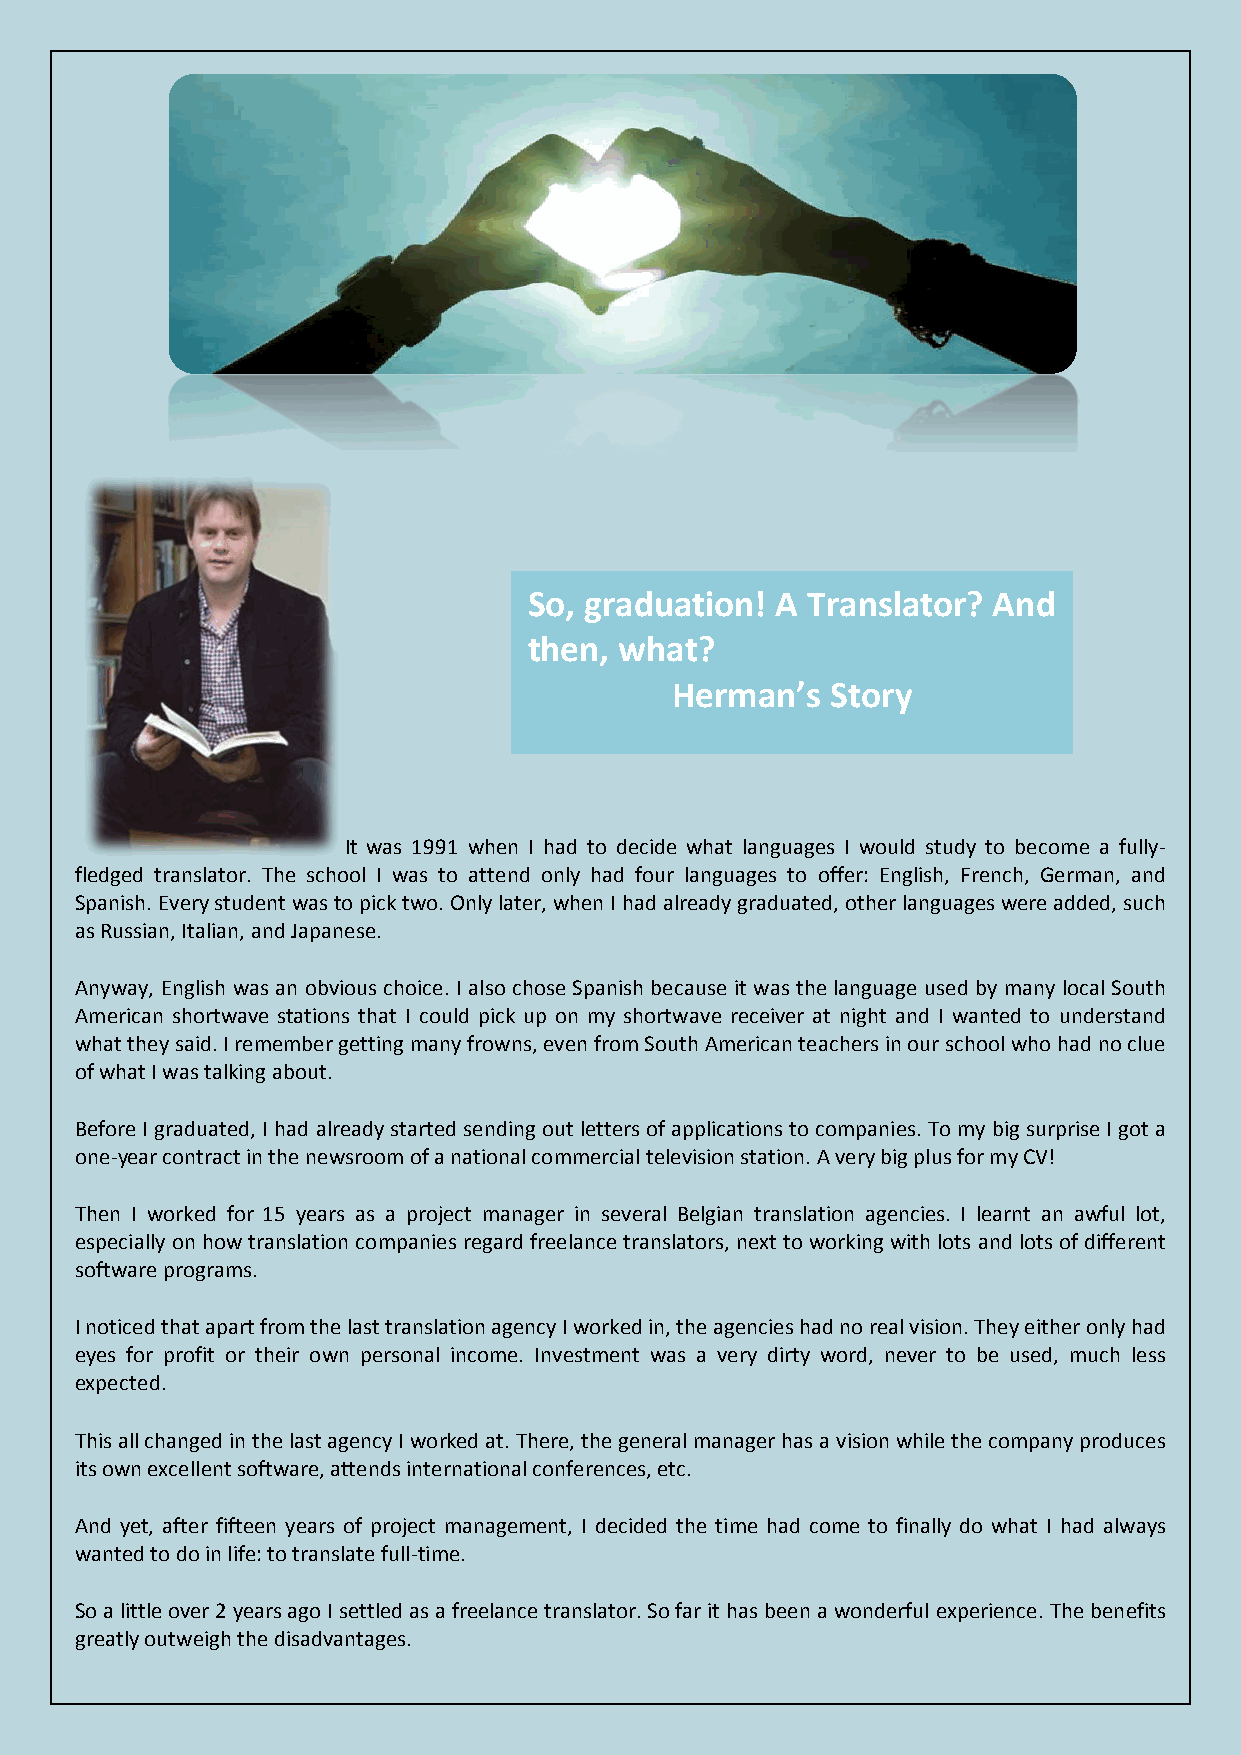
So, graduation! A Translator?  And
 then, what?
 Herman’s   Story
 It was 1991 when I had to decide what languages I would study to become a fully-
 fledged translator. The school I was to attend only had four languages to offer: English, French, German, and
 Spanish. Every student was to pick two. Only later, when I had already graduated, other languages were added, such
 as Russian, Italian, and Japanese.
 Anyway, English was an obvious choice. I also chose Spanish because it was the language used by many local South
 American shortwave stations that I could pick up on my shortwave receiver at night and I wanted to understand
 what they said. I remember getting many frowns, even from South American teachers in our school who had no clue
 of what I was talking about.
 Before I graduated, I had already started sending out letters of applications to companies. To my big surprise I got a
 one-year contract in the newsroom of a national commercial television station. A very big plus for my CV!
 Then I worked for 15 years as a project manager in several Belgian translation agencies. I learnt an awful lot,
 especially on how translation companies regard freelance translators, next to working with lots and lots of different
 software programs.
 I noticed that apart from the last translation agency I worked in, the agencies had no real vision. They either only had
 eyes for profit or their own personal income. Investment was a very dirty word, never to be used, much less
 expected.
 This all changed in the last agency I worked at. There, the general manager has a vision while the company produces
 its own excellent software, attends international conferences, etc.
 And yet, after fifteen years of project management, I decided the time had come to finally do what I had always
 wanted to do in life: to translate full-time.
 So a little over 2 years ago I settled as a freelance translator. So far it has been a wonderful experience. The benefits
 greatly outweigh the disadvantages.